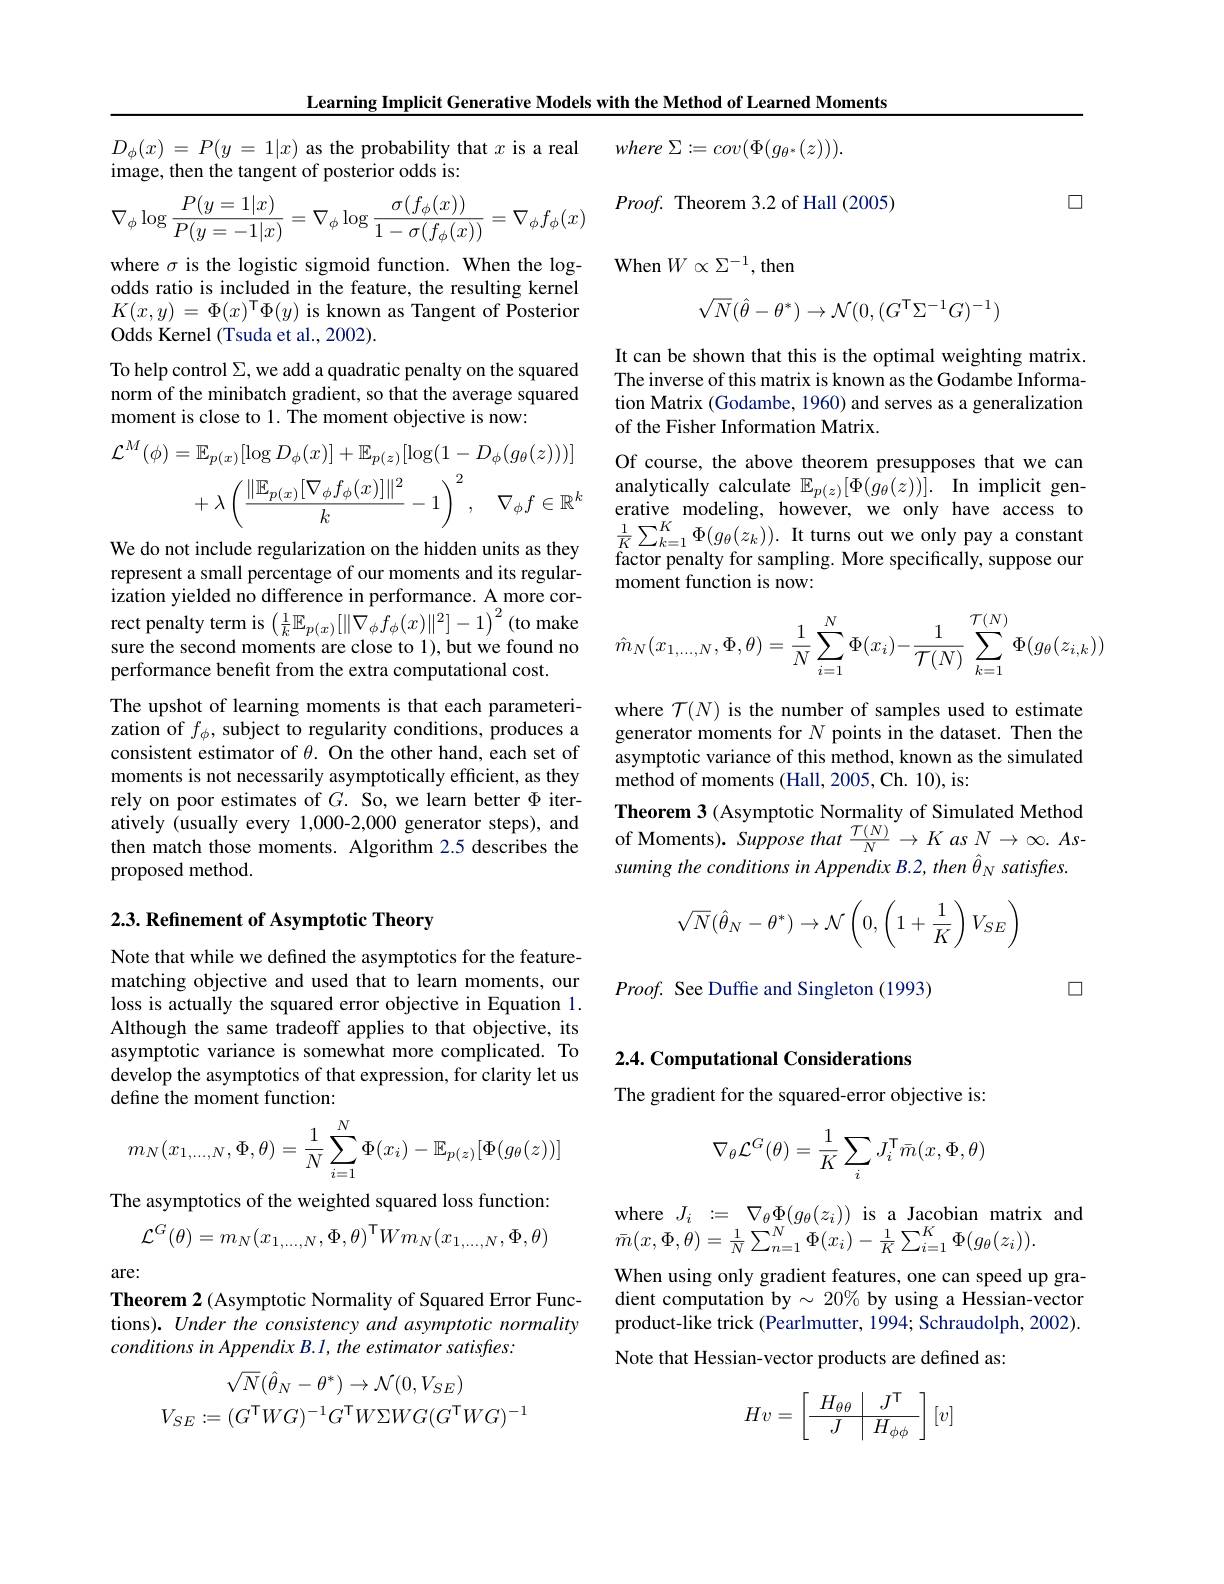
Learning Implicit Generative Models with the Method of Learned Moments

where $\Sigma : = cov( \Phi ( g_{\theta ^* }( z) ) ) .$

$D_\phi ( x)$ = $P( y$ = $1| x)$ as the probability that $x$ is a real
image, then the tangent of posterior odds is:

$\square$

$Proof.$ Theorem 3.2 of Hall (2005)
$$\nabla_\phi\log\frac{P(y=1|x)}{P(y=-1|x)}=\nabla_\phi\log\frac{\sigma(f_\phi(x))}{1-\sigma(f_\phi(x))}=\nabla_\phi f_\phi(x)$$
where $\sigma$ is the logistic sigmoid function. When the log-

${\mathrm{When~}}W\propto\Sigma^{-1}$,then

odds ratio is included in the feature, the resulting kernel
$$\sqrt{N}(\hat{\theta}-\theta^*)\to\mathcal{N}(0,(G^\mathsf{T}\Sigma^{-1}G)^{-1})$$
$K(x,y)=\Phi(x)^{\mathsf{T}}\Phi(y)$ is known as Tangent of Posterior

Odds Kernel (Tsuda et al., 2002).

To help control $\Sigma$, we add a quadratic penalty on the squared

norm of the minibatch gradient, so that the average squared

moment is close to 1. The moment objective is now:

It can be shown that this is the optimal weighting matrix. The inverse of this matrix is known as the Godambe Information Matrix (Godambe, 1960) and serves as a generalization of the Fisher Information Matrix.
Of course, the above theorem presupposes that we can analytically calculate $\mathbb{E} _{p( z) }[ \Phi ( g_\theta ( z) ) ] .$ $\textbf{In implicit gen- }$ erative modeling, however, we only have access to $\frac{1}{K}\sum_{k=1}^{K}\Phi(g_{\theta}(z_{k})).$ It turns out we only pay a constant factor penalty for sampling. More specifically, suppose our moment function is now:
$$\begin{aligned}\mathcal{L}^{M}(\phi)&=\mathbb{E}_{p(x)}[\log D_{\phi}(x)]+\mathbb{E}_{p(z)}[\log(1-D_{\phi}(g_{\theta}(z)))]\\&+\lambda\left(\frac{\|\mathbb{E}_{p(x)}[\nabla_{\phi}f_{\phi}(x)]\|^{2}}{k}-1\right)^{2},\quad\nabla_{\phi}f\in\mathbb{R}^{k}\end{aligned}$$
$$\hat{m}_N(x_{1,\dots,N},\Phi,\theta)=\frac{1}{N}\sum_{i=1}^N\Phi(x_i)-\frac{1}{\mathcal{T}(N)}\sum_{k=1}^{\mathcal{T}(N)}\Phi(g_\theta(z_{i,k}))$$
We do not include regularization on the hidden units as they represent a small percentage of our moments and its regularization yielded no difference in performance. A more correct penalty term is $\left(\frac1k\mathbb{E}_{p(x)}[\|\nabla_\phi f_\phi(x)\|^2]-1\right)^2$ (to make sure the second moments are close to 1), but we found no performance benefit from the extra computational cost.
The upshot of learning moments is that each parameterization of $f_\phi$,subject to regularity conditions, produces a consistent estimator of $\theta.$ On the other hand, each set of moments is not necessarily asymptotically efficient, as they rely on poor estimates of $G.$ So, we learn better $\Phi$ iteratively (usually every 1,000-2,000 generator steps), and then match those moments. Algorithm 2.5 describes the proposed method.

where $\mathcal{T}(N)$ is the number of samples used to estimate generator moments for $N$ points in the dataset. Then the asymptotic variance of this method, known as the simulated method of moments (Hall, 2005, Ch. 10), is:
Theorem 3 (Asymptotic Normality of Simulated Method of Moments). Suppose that $\frac{\mathcal{T}(N)}N\to K$ as $N\to\infty.As$- suming the conditions in Appendix B.2, then $\hat{\theta}_N$ satisfres.

## 2.3. Refinement of Asymptotic Theory
$$\sqrt{N}(\hat{\theta}_N-\theta^*)\to\mathcal{N}\left(0,\left(1+\frac{1}{K}\right)V_{SE}\right)$$
$Proof.$ See Duffe and Singleton (1993)

口

Note that while we defined the asymptotics for the featurematching objective and used that to learn moments, our loss is actually the squared error objective in Equation 1. Although the same tradeoff applies to that objective, its asymptotic variance is somewhat more complicated. To develop the asymptotics of that expression, for clarity let us define the moment function:

2.4. Computational Considerations

The gradient for the squared-error objective is:
$$\nabla_\theta\mathcal{L}^G(\theta)=\frac{1}{K}\sum_iJ_i^\mathsf{T}\bar{m}(x,\Phi,\theta)$$
$$m_N(x_{1,\dots,N},\Phi,\theta)=\dfrac{1}{N}\sum_{i=1}^N\Phi(x_i)-\mathbb{E}_{p(z)}[\Phi(g_\theta(z))]$$
The asymptotics of the weighted squared loss function:
$$\mathcal{L}^{G}(\theta)=m_{N}(x_{1,...,N},\Phi,\theta)^{\mathsf{T}}Wm_{N}(x_{1,...,N},\Phi,\theta)$$
where $J_{i}:=\nabla_{\theta}\Phi(g_{\theta}(z_{i}))$ is a Jacobian matrix and
$\bar{m}(x,\Phi,\theta)=\frac{1}{N}\sum_{n=1}^{N}\Phi(x_{i})-\frac{1}{K}\sum_{i=1}^{K}\Phi(g_{\theta}(z_{i})).$

are:

When using only gradient features, one can speed up gradient computation by $\sim20\%$ by using a Hessian-vector product-like trick (Pearlmutter, 1994; Schraudolph, 2002). Note that Hessian-vector products are defined as:

Theorem 2 (Asymptotic Normality of Squared Error Functions). Under the consistency and asymptotic normality conditions in Appendix B.1, the estimator satisfies:
$$\begin{array}{c}\sqrt{N}(\hat{\theta}_N-\theta^*)\to\mathcal{N}(0,V_{SE})\\V_{SE}:=(G^{\mathsf{T}}WG)^{-1}G^{\mathsf{T}}W\Sigma WG(G^{\mathsf{T}}WG)^{-1}\end{array}$$
$$Hv=\left[\begin{array}{c|c}H_{\theta\theta}&J^{\intercal}\\\hline J&H_{\phi\phi}\end{array}\right][v]$$